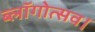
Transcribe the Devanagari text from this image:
ब्लॉगोत्सव।